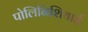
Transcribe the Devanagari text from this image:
पोलिनिशियाई